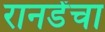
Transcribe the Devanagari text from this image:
रानडेंचा